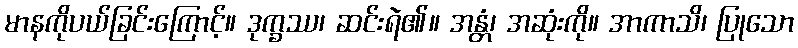
မာနကိုပယ်ခြင်းကြောင့်။ ဒုက္ခဿ၊ ဆင်းရဲ၏။ အန္တံ၊ အဆုံးကို။ အာကာသိ၊ ပြုသော